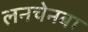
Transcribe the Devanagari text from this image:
लनचेनबा